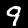
Label: 9